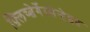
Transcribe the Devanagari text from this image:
फ़्लिच्त्वेर्गेस्सेन्हेइत